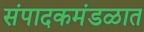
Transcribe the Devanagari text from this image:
संपादकमंडळात